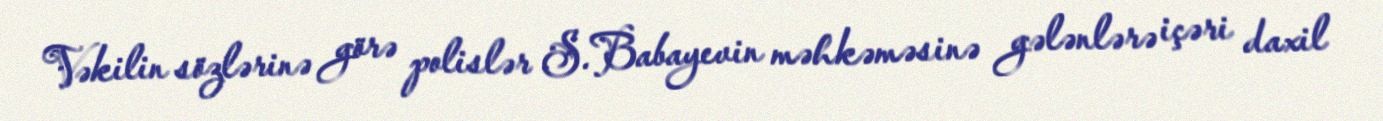
Vəkilin sözlərinə görə polislər S.Babayevin məhkəməsinə gələnlərə içəri daxil